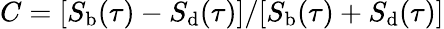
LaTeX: C=[S_{\mathrm{b}}(\tau)-S_{\mathrm{d}}(\tau)]/[S_{\mathrm{b}}(\tau)+S_{\mathrm{d}}(\tau)]